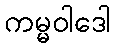
ကမ္မဝါဒေါ